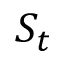
S _ { t }